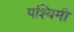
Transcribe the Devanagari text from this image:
पश्यिमी